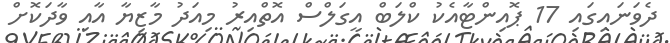
ދެވަނައިގައި 17 ޕޮއިންޓާއެކު ކްލަބް އީގަލްސް އޮތްއިރު މިއަދު މާޒިޔާ އާއި ވާދަކޮށް